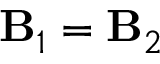
\mathbf { B } _ { 1 } = \mathbf { B } _ { 2 }